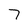
Character: 7